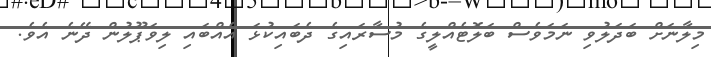
މިލާނަށް ބަދަލުވި ނަމަވެސް ބަލޮޓެއްލީގެ މުސާރައިގެ ދެބައިކުޅަ އެއްބައި ލިވަޕޫލުން ދޭނެ އެވެ.